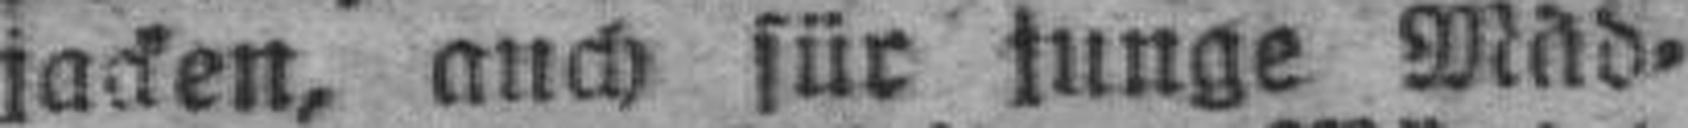
jacken, auch für junge Mäd¬